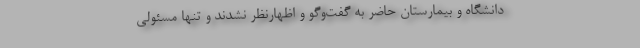
دانشگاه و بیمارستان حاضر به گفت‌وگو و اظهارنظر نشدند و تنها مسئولی